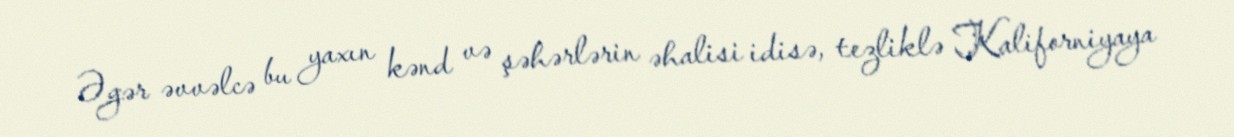
Əgər əvvəlcə bu yaxın kənd və şəhərlərin əhalisi idisə, tezliklə Kaliforniyaya